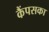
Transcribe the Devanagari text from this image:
कैंपसका